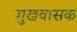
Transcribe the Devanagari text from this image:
मुखवासक